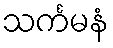
သင်္ကမနံ